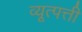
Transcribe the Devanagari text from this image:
व्यूत्पत्ती